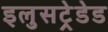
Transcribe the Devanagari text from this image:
इलुसट्रेडेड